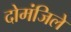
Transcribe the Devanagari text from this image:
दोमंजिले